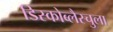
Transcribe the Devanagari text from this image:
डिस्कोब्लैस्चुला